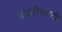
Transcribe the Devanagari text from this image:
वपनीभरणी